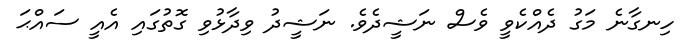
ހިނގާނެ މަގު ދެއްކެވީ ވެސް ނަޝީދެވެ. ނަޝީދު ވިދާޅުވި ގޮތުގައި އެއީ ސައްޙަ